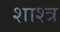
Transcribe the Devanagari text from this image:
शाश्त्र